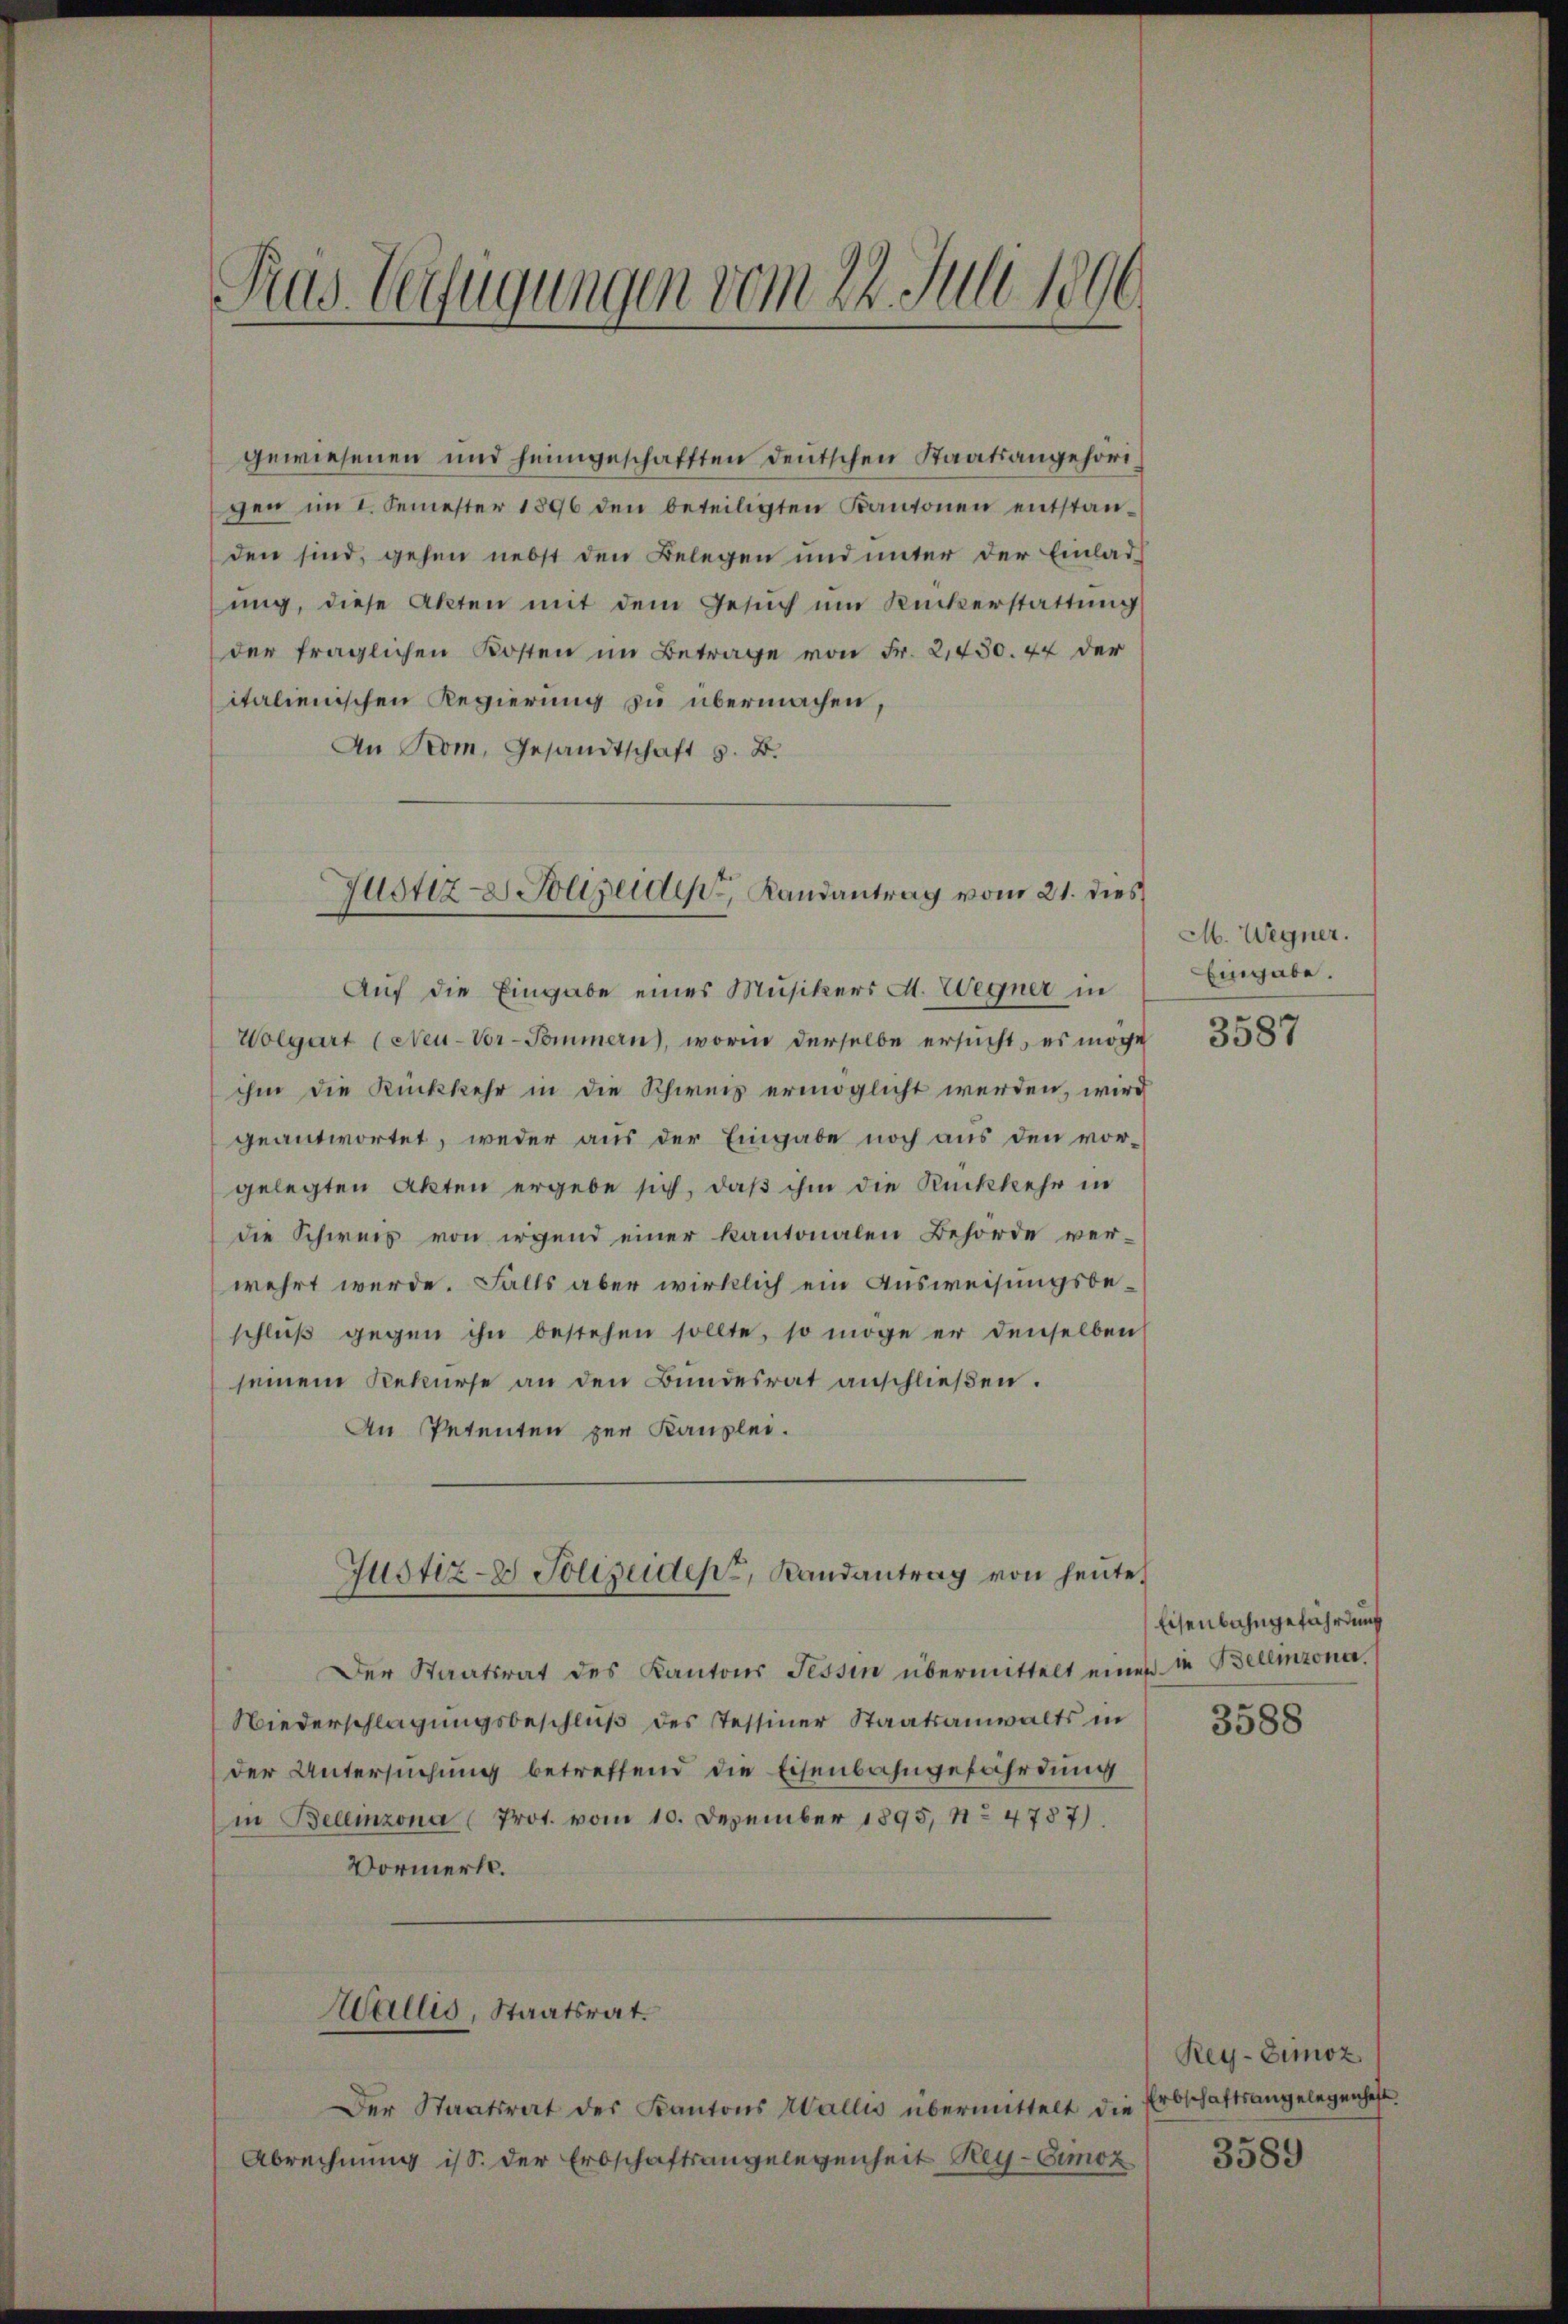
Pras Verfügungen vom 24. Juli 1896.

gewiesenen und heimgeschafften Deutschen Staatsangehörigen im I. Semester 1896 den beteiligten Kantonen entstanden sind, gehen nebst den Belegen und unter der Einlad
ŭng, diese Akten mit dem Gesŭch ŭm Rückerstattŭng
der fraglichen Kosten im Betrage von Fr. 2,450. 44 der
italienischen Regierung zu übermachen,
An Prom, Gesandtschaft z. B.

Justiz-Polizeide Landantrag vom 21. dies

Auf die Eingabe eines Musikers A. Wegner in
Wolgart (Neu-Vor-Pommern, worin derselbe ersucht, es möge
ihm die Rückkehr in die Schweis ermöglicht werden, wird
geantwortet, weder aus der Eingabe noch aus den vorgelegten Akten ergebe sich, daß ihm die Rückkehr in
die Schweis von irgend einer kantonalen Behörde ver-
wehrt werde. Falls aber wirklich ein Ausweisungsbeschlŭβ gegen ihn bestehen sollte, so möge er denselben
seinem Rekurse an den Bundesrat anschließen.
An Petenten zur Kanzlei.
Justiz- & Polizeiden Randantrag von heute.
Der Staatsrat des Kantons Tessin übermittelt eines in Bellinzona,
Niederschlagungsbeschluß des Tessiner Staatsanwalts in
der Untersŭchŭng betreffend die Eisenbahngefährdung
in Bellinzona (Prot. vom 10. Dezember 1895, 11. 4787).
Vormerkt.
Wallis, Staatsrat.
Der Staatsrat des Kantons Wallis übermittelt die
Abrechnung ist. Der Erbschaftsangelegenheit Rey-Eimoz

M. Wegner.
Eingabe.

3587

Eisenbahngefährdung

3588

Rey-Zimoz
Erbschaftsangelegenheft

3589